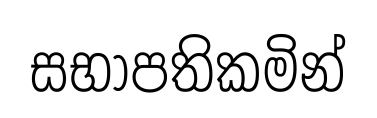
සභාපතිකමින්